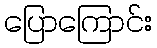
ပြောကြောင်း